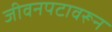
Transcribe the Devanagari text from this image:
जीवनपटावरून